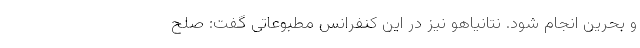
و بحرین انجام شود. نتانیاهو نیز در این کنفرانس مطبوعاتی گفت:‌ صلح